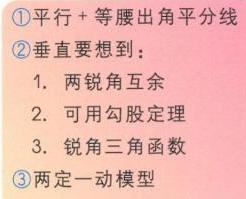
\begin{enumerate}
\item 平行 + 等腰出角平分线
\item 垂直要想到：
\begin{enumerate}
\item 两锐角互余
\item 可用勾股定理
\item 锐角三角函数
\end{enumerate}
\item 两定一动模型
\end{enumerate}